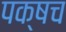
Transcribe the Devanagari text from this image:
पक्षच